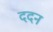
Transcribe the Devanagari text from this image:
ददन